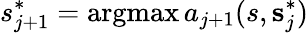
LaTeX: s_{j+1}^{*}=\operatorname{argmax}a_{j+1}(s,\textbf{s}_{j}^{*})